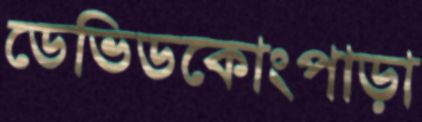
ডেভিডকোংপাড়া